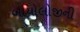
બાયોલોજીની